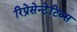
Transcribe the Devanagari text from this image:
रिप्रेसेन्टेटिव्स